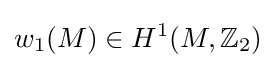
w_{1}(M)\in H^{1}(M,{\mathbb {Z} _{2}})